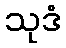
သုဒံ